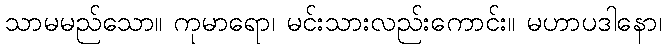
သာမမည်သော။ ကုမာရော၊ မင်းသားလည်းကောင်း။ မဟာပဒါနော၊